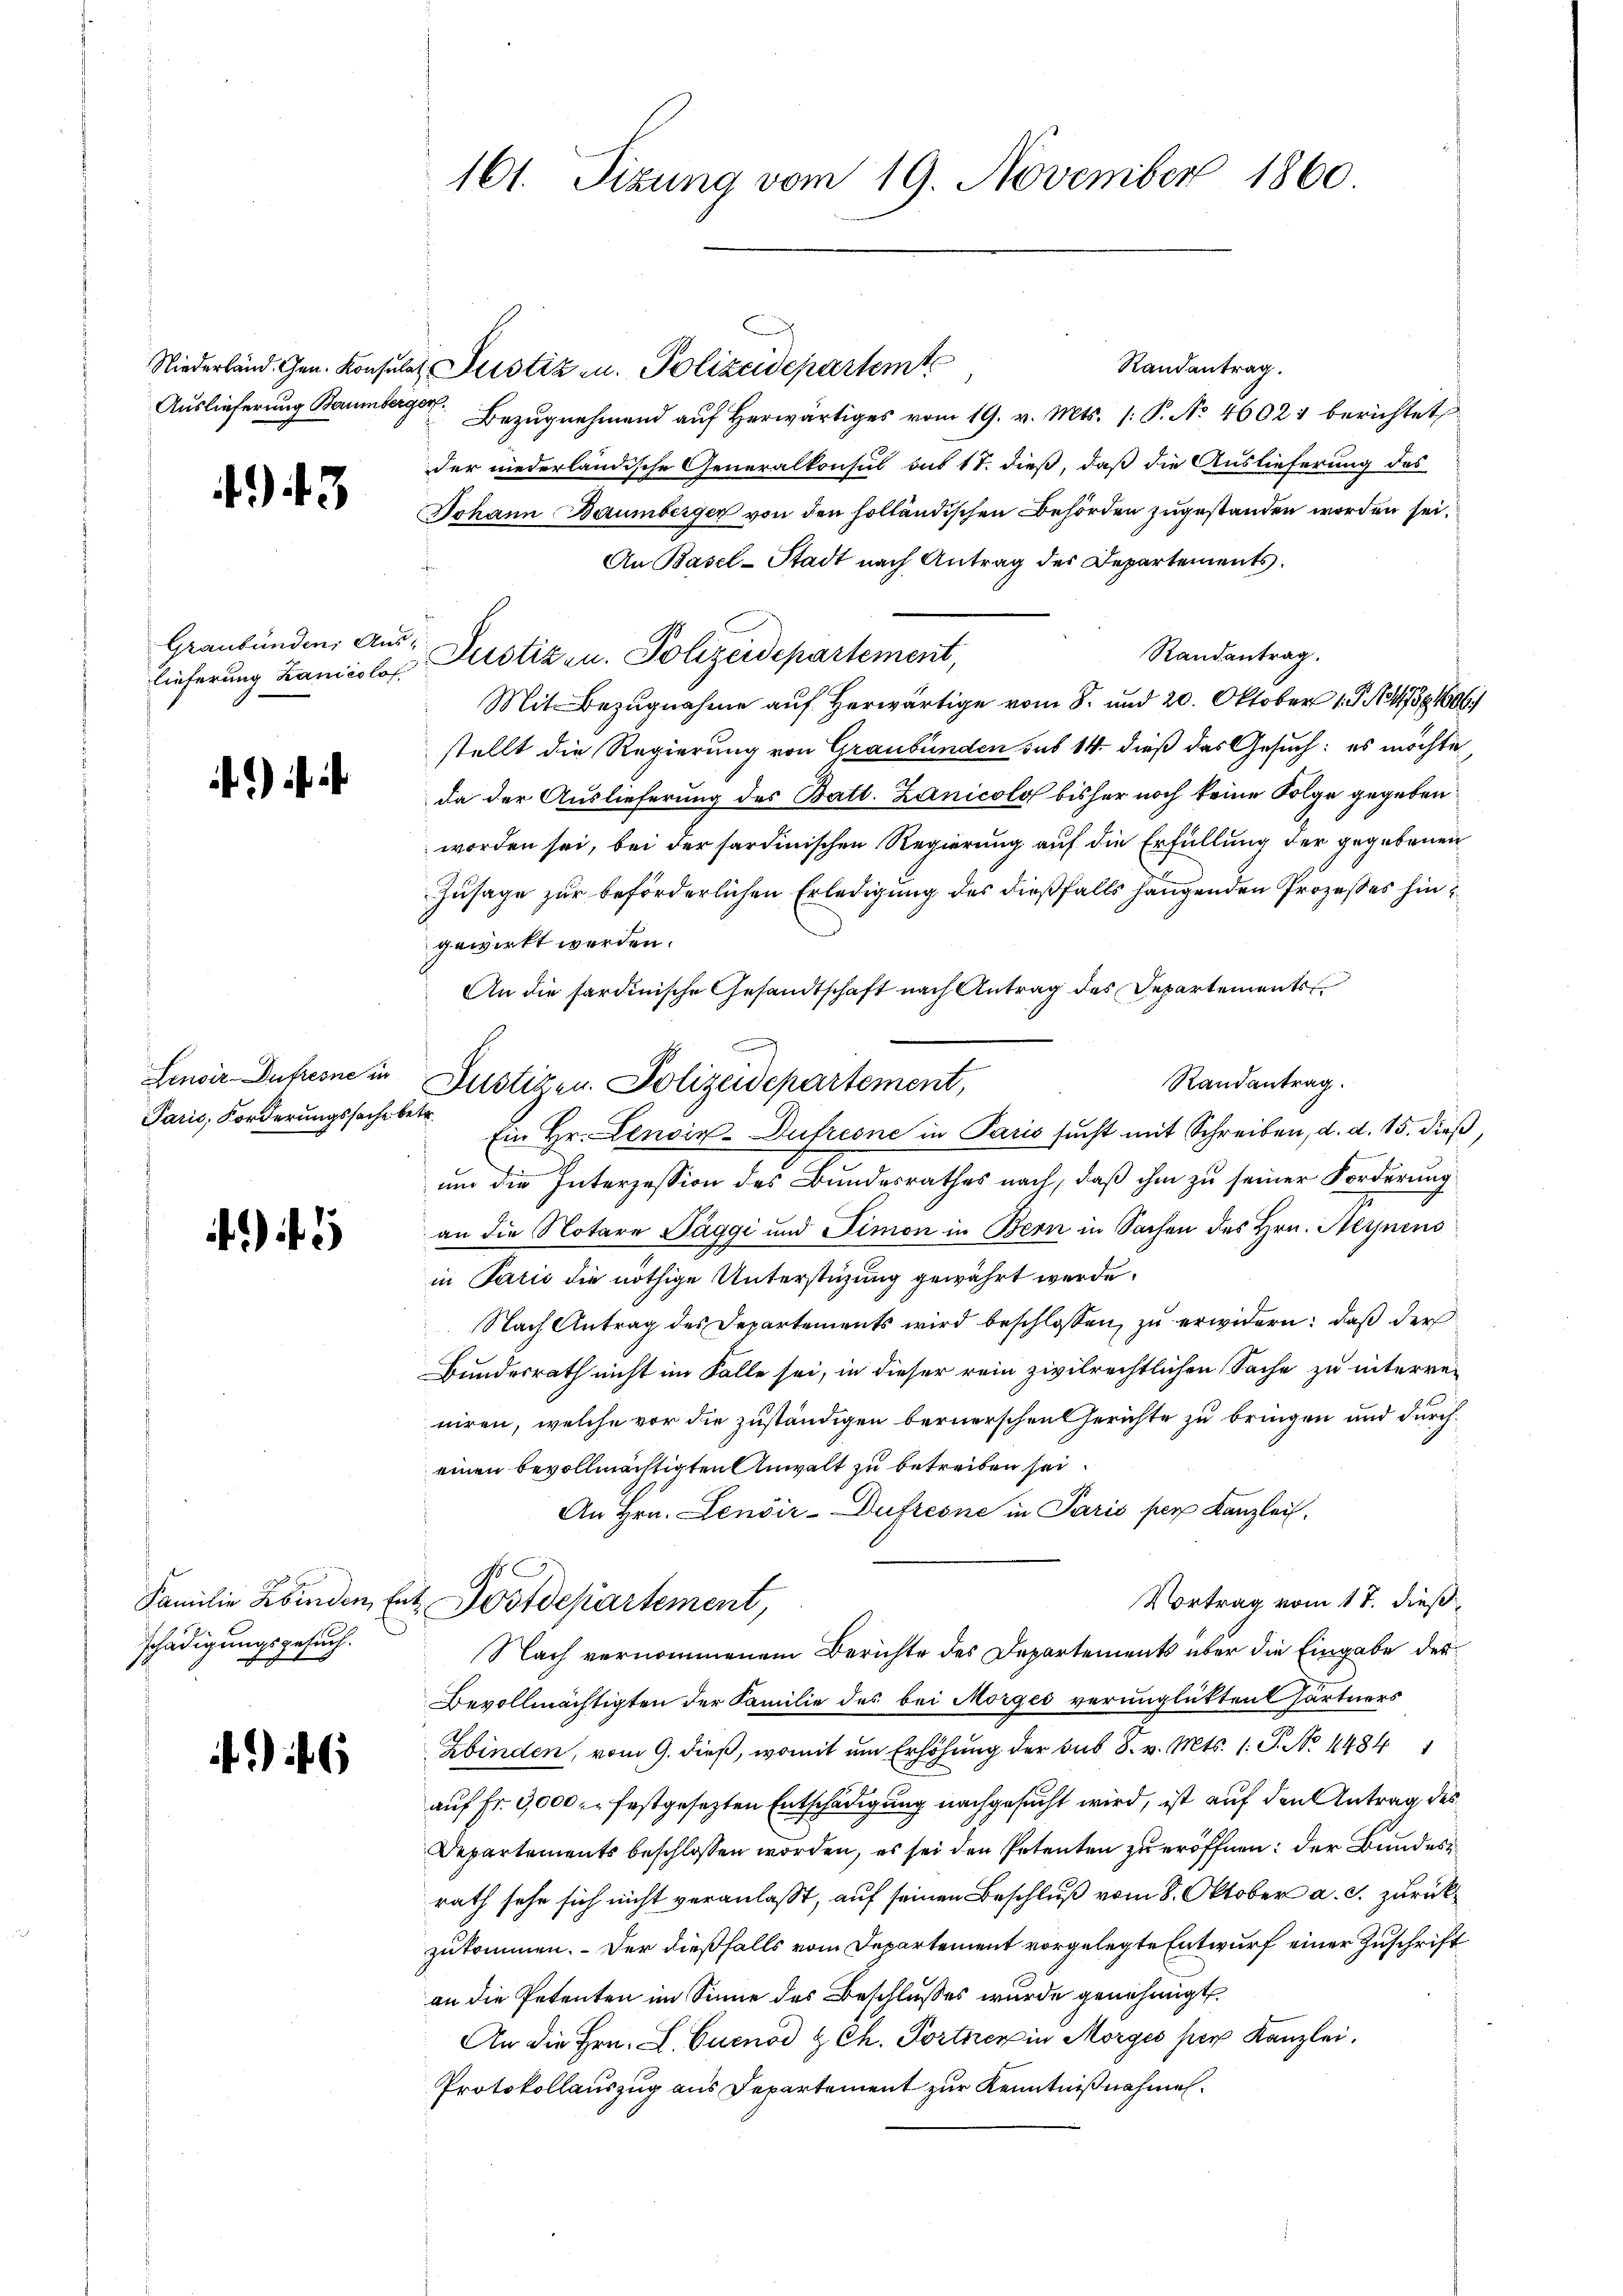
443

Graubünden Aus

)

Paris, Forderungssache betr.

)  1

schädigungsgesuch.

6

161. Sizung vom 19. November 1860.

Randantrag.
Niederland. Gen. Konsula Justiz zu. Polizeidepartemt
Auslieferung Baumberger Bezugnehmend auf herwärtiges vom 19. v. Mts. (: P. No 46021 berichtet
der niederländische Generalkonsul aus 17. dieß, daß die Auslieferung des
Johann Baumberger von den holländischen Behörden zugestanden worden sei,
An Basel-Stadt nach Antrag der Departements.
Randantrag.
Lieferung Lanicolor Justiz zu. Polizeidepartement,
Mit Bezugnahme aŭf herwärtige vom 8. und 20. Oktober 184738, 1606/
stellt die Regierung von Graubünden sub 14 dieß das Gesuch: es möchte
da der Auslieferung des Batt. Zanicolo bisher noch keine Folge gegeben
worden sei, bei der sardinischen Regierung auf die Erfüllung der gegebenen
Zusage zur beförderlichen Erledigung des dießfalls hängenden Prozesses hingewirkt werden.
An die sardinische Gesandtschaft nach Antrag des Departements
Randantrag.
Ein Hr. Lenoir-Aufresne in Paris sucht mit Schreiben, d. d. 15. dieß,
um die Interzession des Bundesrathes nach, daß ihm zu seiner Forderung
an die Notare Paggi und Simon in Bern in Sachen des Hrn. Heynens
in Parić die nöthige Unterstüzung gewährt werde.
Nach Antrag des Departements wird beschlossen, zu erwidern: daß der
Bundesrath nicht im Falle sei, in dieser rein zivilrechtlichen Sache zu interreniren, welche vor die zuständigen bernerschen Gerichte zu bringen und durcheinen bevollmächtigten Anwalt zu betreiben sei
An Hrn. Lenvir-Dufresne in Paris per Kanzlei.
Vortrag vom 17. dieß,
Familie Kinden, Ent Postdepartement,
Nach vernommenem Berichte des Departements über die Eingabe der
Bevollmächtigten der Familie des bei Morges verunglükten härtners
Zbinden, vom 9. dieß, womit um Erhöhung der sub S. v. Mts. 1. P. N. 44841
auf Fr. 3,000. festgesezten Entschädigung nachgesucht wird, ist auf den Antrag des
Departements beschlossen worden, es sei den Petenten zu eröffnen: der Bundesrath sehe sich nicht veranlaßt, auf seinen Beschluß vom 8. Oktober a. c. zurückzukommen. - Der dießfalls vom Departement vorgelegte Entwurf einer Zuschrift
an die Petenten im Sinne des Beschlußes wurde genehmigt.
An die Hrn. L. Cuenod & Ch. Portner in Morges per Kanzlei,
Protokollauszug aus Departement zur Kenntnißnahmen.

Lenvir Dufrone in Justizen. Polizeidepartement,

.